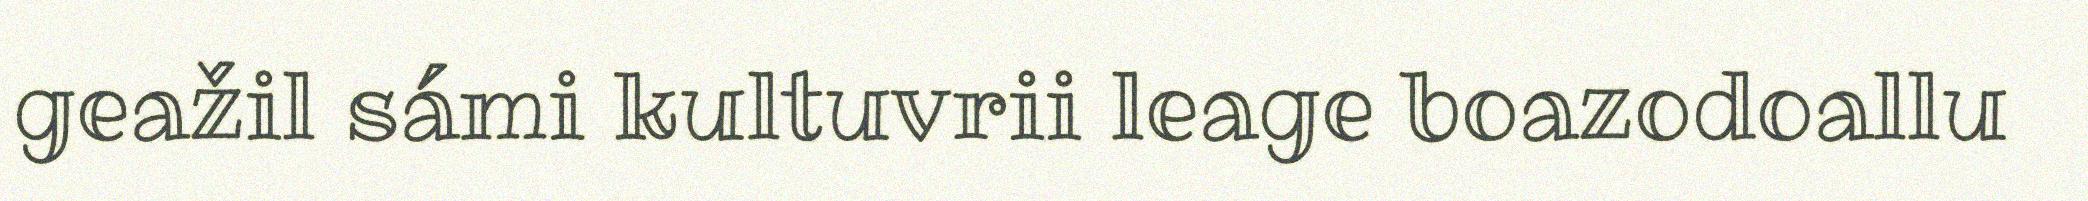
geažil sámi kultuvrii leage boazodoallu